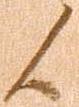
候